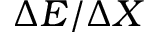
\Delta E / \Delta X